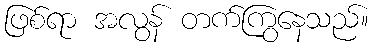
ဖြစ်ရာ အလွန် တက်ကြွနေသည်။